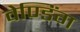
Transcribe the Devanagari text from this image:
वेण्डिंग